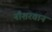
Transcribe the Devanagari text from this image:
नौशरवान